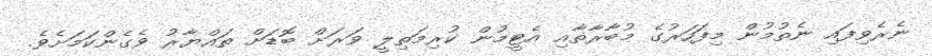
ނެރެވިފައި ނެތުމުން މިފަހަރުގެ މުބާރާތާއި އެޓީމުން ކުރިމަތިލީ ވަރަށް ބޮޑަށް ތައްޔާރު ވެގެންކަމަށެވެ.